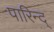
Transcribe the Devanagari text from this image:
पारिन्द्